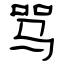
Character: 骂